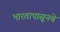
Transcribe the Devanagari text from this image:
भारतापासूनचे